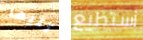
تليها أستطيع